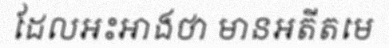
ដែលអះអាងថា មានអតីតមេ